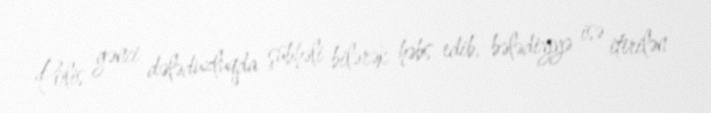
Polis gənci dələduzluqda şübhəli bilərək həbs edib, bələdiyyə isə itirilən